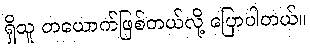
ရှိသူ တယောက်ဖြစ်တယ်လို့ ပြောပါတယ်။